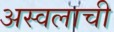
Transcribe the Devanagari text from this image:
अस्वलाची